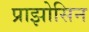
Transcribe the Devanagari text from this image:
प्राझोसिन